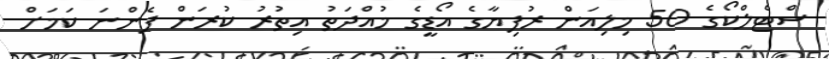
ސްޓެލްކޯގެ 50 މިލިއަން ރުފިޔާގެ އޯޑީގެ މުއްދަތު އިތުރު ކުރަން ފެންނަ ކަމަށް